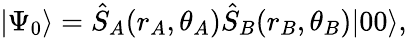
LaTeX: \vert\Psi_{0}\rangle=\hat{S}_{A}(r_{A},\theta_{A})\hat{S}_{B}(r_{B},\theta_{B})\vert 00\rangle,